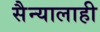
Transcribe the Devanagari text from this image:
सैन्यालाही